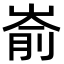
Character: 嵛